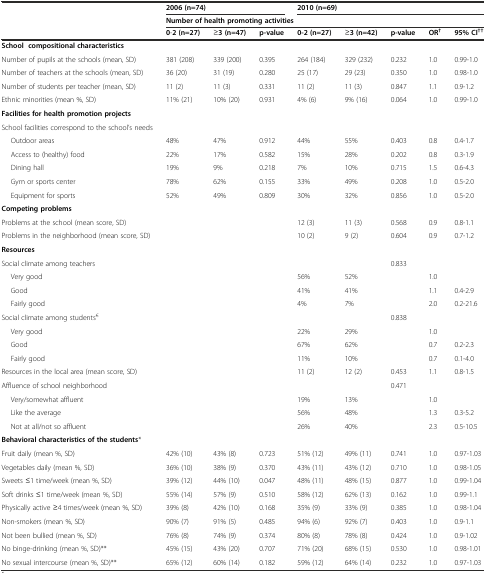
<table><thead><tr><td></td><td colspan="3"><b>2006(n=74)</b></td><td colspan="5"><b>2010(n=69)</b></td></tr><tr><td></td><td colspan="8"><b>Number of health promoting activities</b></td></tr><tr><td></td><td><b>0-2(n=27)</b></td><td><b>≥3(n=47)</b></td><td><b>p-value</b></td><td><b>0-2(n=27)</b></td><td><b>≥3(n=42)</b></td><td><b>p-value</b></td><td><b>OR<sup>†</sup></b></td><td><b>95%CI<sup>††</sup></b></td></tr></thead><tbody><tr><td colspan="9"><b>School compositional characteristics</b></td></tr><tr><td>Number of pupils at the schools (mean, SD)</td><td>381 (208)</td><td>339 (200)</td><td>0.395</td><td>264 (184)</td><td>329 (232)</td><td>0.232</td><td>1.0</td><td>0.99-1.0</td></tr><tr><td>Number of teachers at the schools (mean, SD)</td><td>36 (20)</td><td>31 (19)</td><td>0.280</td><td>25 (17)</td><td>29 (23)</td><td>0.350</td><td>1.0</td><td>0.98-1.0</td></tr><tr><td>Number of students per teacher (mean, SD)</td><td>11 (2)</td><td>11 (3)</td><td>0.331</td><td>11 (2)</td><td>11 (3)</td><td>0.847</td><td>1.1</td><td>0.9-1.2</td></tr><tr><td>Ethnic minorities (mean %, SD)</td><td>11% (21)</td><td>10% (20)</td><td>0.931</td><td>4% (6)</td><td>9% (16)</td><td>0.064</td><td>1.0</td><td>0.99-1.0</td></tr><tr><td colspan="9"><b>Facilities for health promotion projects</b></td></tr><tr><td>School facilities correspond to the school’s needs</td><td></td><td></td><td></td><td></td><td></td><td></td><td></td><td></td></tr><tr><td>Outdoor areas</td><td>48%</td><td>47%</td><td>0.912</td><td>44%</td><td>55%</td><td>0.403</td><td>0.8</td><td>0.4-1.7</td></tr><tr><td>Access to (healthy) food</td><td>22%</td><td>17%</td><td>0.582</td><td>15%</td><td>28%</td><td>0.202</td><td>0.8</td><td>0.3-1.9</td></tr><tr><td>Dining hall</td><td>19%</td><td>9%</td><td>0.218</td><td>7%</td><td>10%</td><td>0.715</td><td>1.5</td><td>0.6-4.3</td></tr><tr><td>Gym or sports center</td><td>78%</td><td>62%</td><td>0.155</td><td>33%</td><td>49%</td><td>0.208</td><td>1.0</td><td>0.5-2.0</td></tr><tr><td>Equipment for sports</td><td>52%</td><td>49%</td><td>0.809</td><td>30%</td><td>32%</td><td>0.856</td><td>1.0</td><td>0.5-2.0</td></tr><tr><td colspan="9"><b>Competing problems</b></td></tr><tr><td>Problems at the school (mean score, SD)</td><td></td><td></td><td></td><td>12 (3)</td><td>11 (3)</td><td>0.568</td><td>0.9</td><td>0.8-1.1</td></tr><tr><td>Problems in the neighborhood (mean score, SD)</td><td></td><td></td><td></td><td>10 (2)</td><td>9 (2)</td><td>0.604</td><td>0.9</td><td>0.7-1.2</td></tr><tr><td colspan="9"><b>Resources</b></td></tr><tr><td>Social climate among teachers</td><td></td><td></td><td></td><td></td><td></td><td>0.833</td><td></td><td></td></tr><tr><td>Very good</td><td></td><td></td><td></td><td>56%</td><td>52%</td><td></td><td>1.0</td><td></td></tr><tr><td>Good</td><td></td><td></td><td></td><td>41%</td><td>41%</td><td></td><td>1.1</td><td>0.4-2.9</td></tr><tr><td>Fairly good</td><td></td><td></td><td></td><td>4%</td><td>7%</td><td></td><td>2.0</td><td>0.2-21.6</td></tr><tr><td>Social climate among students<sup>€</sup></td><td></td><td></td><td></td><td></td><td></td><td>0.838</td><td></td><td></td></tr><tr><td>Very good</td><td></td><td></td><td></td><td>22%</td><td>29%</td><td></td><td>1.0</td><td></td></tr><tr><td>Good</td><td></td><td></td><td></td><td>67%</td><td>62%</td><td></td><td>0.7</td><td>0.2-2.3</td></tr><tr><td>Fairly good</td><td></td><td></td><td></td><td>11%</td><td>10%</td><td></td><td>0.7</td><td>0.1-4.0</td></tr><tr><td>Resources in the local area (mean score, SD)</td><td></td><td></td><td></td><td>11 (2)</td><td>12 (2)</td><td>0.453</td><td>1.1</td><td>0.8-1.5</td></tr><tr><td>Affluence of school neighborhood</td><td></td><td></td><td></td><td></td><td></td><td>0.471</td><td></td><td></td></tr><tr><td>Very/somewhat affluent</td><td></td><td></td><td></td><td>19%</td><td>13%</td><td></td><td>1.0</td><td></td></tr><tr><td>Like the average</td><td></td><td></td><td></td><td>56%</td><td>48%</td><td></td><td>1.3</td><td>0.3-5.2</td></tr><tr><td>Not at all/not so affluent</td><td></td><td></td><td></td><td>26%</td><td>40%</td><td></td><td>2.3</td><td>0.5-10.5</td></tr><tr><td colspan="9"><b>Behavioral characteristics of the students</b>*</td></tr><tr><td>Fruit daily (mean %, SD)</td><td>42% (10)</td><td>43% (8)</td><td>0.723</td><td>51% (12)</td><td>49% (11)</td><td>0.741</td><td>1.0</td><td>0.97-1.03</td></tr><tr><td>Vegetables daily (mean %, SD)</td><td>36% (10)</td><td>38% (9)</td><td>0.370</td><td>43% (11)</td><td>43% (12)</td><td>0.710</td><td>1.0</td><td>0.98-1.05</td></tr><tr><td>Sweets ≤1 time/week (mean %, SD)</td><td>39% (12)</td><td>44% (10)</td><td>0.047</td><td>48% (11)</td><td>48% (15)</td><td>0.877</td><td>1.0</td><td>0.99-1.04</td></tr><tr><td>Soft drinks ≤1 time/week (mean %, SD)</td><td>55% (14)</td><td>57% (9)</td><td>0.510</td><td>58% (12)</td><td>62% (13)</td><td>0.162</td><td>1.0</td><td>0.99-1.1</td></tr><tr><td>Physically active ≥4 times/week (mean %, SD)</td><td>39% (8)</td><td>42% (10)</td><td>0.168</td><td>35% (9)</td><td>33% (9)</td><td>0.385</td><td>1.0</td><td>0.98-1.04</td></tr><tr><td>Non-smokers (mean %, SD)</td><td>90% (7)</td><td>91% (5)</td><td>0.485</td><td>94% (6)</td><td>92% (7)</td><td>0.403</td><td>1.0</td><td>0.9-1.1</td></tr><tr><td>Not been bullied (mean %, SD)</td><td>76% (8)</td><td>74% (9)</td><td>0.374</td><td>80% (8)</td><td>78% (8)</td><td>0.424</td><td>1.0</td><td>0.9-1.02</td></tr><tr><td>No binge-drinking (mean %, SD)**</td><td>45% (15)</td><td>43% (20)</td><td>0.707</td><td>71% (20)</td><td>68% (15)</td><td>0.530</td><td>1.0</td><td>0.98-1.01</td></tr><tr><td>No sexual intercourse (mean %, SD)**</td><td>65% (12)</td><td>60% (14)</td><td>0.182</td><td>59% (12)</td><td>64% (14)</td><td>0.232</td><td>1.0</td><td>0.97-1.03</td></tr></tbody></table>